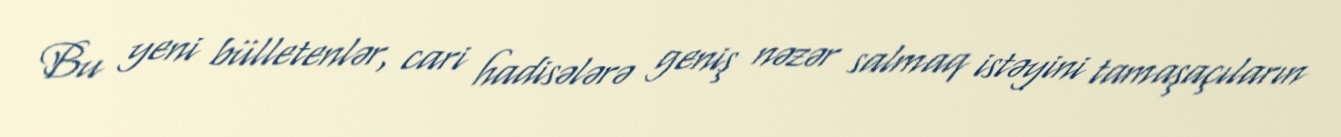
Bu yeni bülletenlər, cari hadisələrə geniş nəzər salmaq istəyini tamaşaçıların